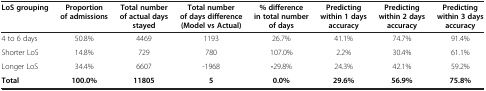
| LoS grouping | Proportion of admissions | Total number of actual days stayed | Total number of days difference (Model vs Actual) | % difference in total number of days | Predicting within 1 days accuracy | Predicting within 2 days accuracy | Predicting within 3 days accuracy |
 | --- | --- | --- | --- | --- | --- | --- | --- |
 | 4 to 6 days | 50.8% | 4469 | 1193 | 26.7% | 41.1% | 74.7% | 91.4% |
 | Shorter LoS | 14.8% | 729 | 780 | 107.0% | 2.2% | 30.4% | 61.1% |
 | Longer LoS | 34.4% | 6607 | -1968 | -29.8% | 24.3% | 42.1% | 59.2% |
 | Total | 100.0% | 11805 | 5 | 0.0% | 29.6% | 56.9% | 75.8% |